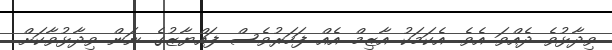
ވިދާޅުވެ ދެއްވަ އެވެ. އެކަމަކު އާޒިމް އެއް ފަހަރުވެސް ފައްޔާޒުގެ ނަން ވިދާޅުވާކަށް